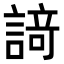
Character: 𮘩